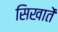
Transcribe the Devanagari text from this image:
सिखातें